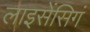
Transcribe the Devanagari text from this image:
लाइसेंसिगं